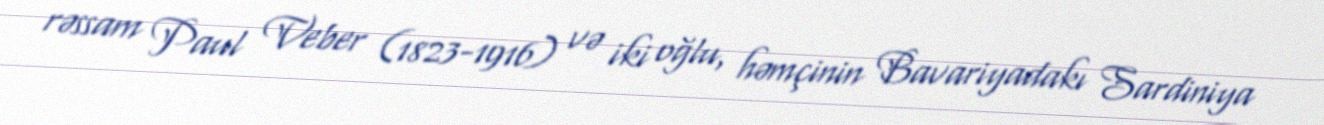
rəssam Paul Veber (1823-1916) və iki oğlu, həmçinin Bavariyadakı Sardiniya